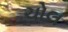
ચોલ